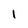
Character: I